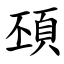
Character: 䪹